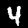
Digit: 4